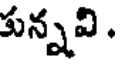
కున్నవి .